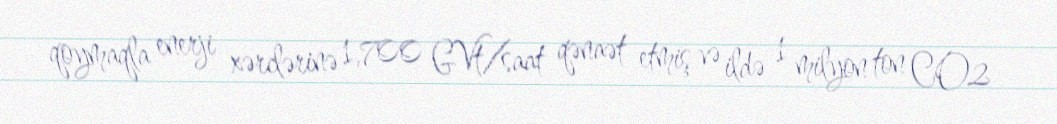
qoymaqla enerji xərclərinə 1,700 GVt/saat qənaət etmiş və ildə 1 milyon ton CO2